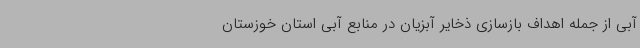
آبی از جمله اهداف بازسازی ذخایر آبزیان در منابع آبی استان خوزستان